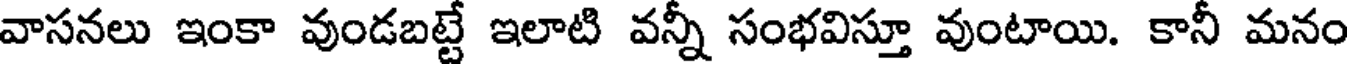
వాసనలు ఇంకా వుండబట్టే ఇలాటి వన్నీ సంభవిస్తూ వుంటాయి. కానీ మనం